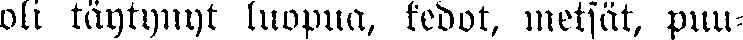
oli täytynyt luopua, kedot, metsät, puu-